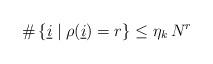
LaTeX: \begin{align*}\# \left\{ \underline{i} \mid \rho(\underline{i} ) = r \right\} \leq \eta_k \, N^r\end{align*}